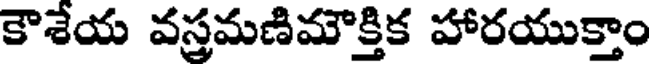
కౌశేయ వస్రమణిమౌక్తిక హారయుక్తాం